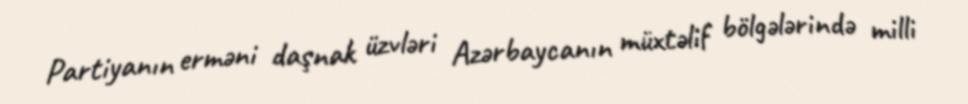
Partiyanın erməni daşnak üzvləri Azərbaycanın müxtəlif bölgələrində milli